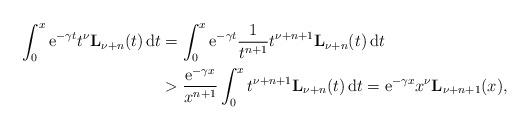
LaTeX: \begin{align*}\int_0^x\mathrm{e}^{-\gamma t}t^{\nu}\mathbf{L}_{\nu+n}(t)\,\mathrm{d}t &=\int_0^x\mathrm{e}^{-\gamma t}\frac{1}{t^{n+1}}t^{\nu+n+1}\mathbf{L}_{\nu+n}(t)\,\mathrm{d}t\\& >\frac{\mathrm{e}^{-\gamma x}}{x^{n+1}}\int_0^xt^{\nu+n+1}\mathbf{L}_{\nu+n}(t)\,\mathrm{d}t =\mathrm{e}^{-\gamma x}x^{\nu}\mathbf{L}_{\nu+n+1}(x),\end{align*}